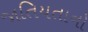
જાતિયતાનો